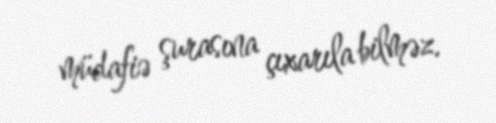
müdafiə şurasına çıxarıla bilməz.